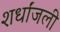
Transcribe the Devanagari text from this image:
शर्धांजली